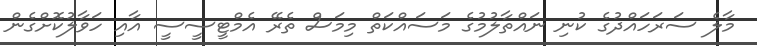
މާލެ ސަރަހައްދުގެ ކުނި ނައްތާލުމުގެ މަސައްްކަތް މިމަސް ތެރޭ އެމްޓީސީސީ އާއި ހަވާލުކޮށްގެން